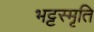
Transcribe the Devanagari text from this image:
भट्टस्मृति